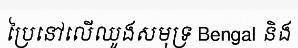
ប្រៃនៅលើឈូងសមុទ្រ Bengal និង